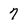
Character: 7